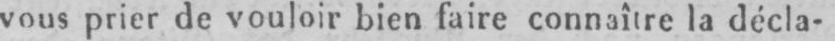
vous prier de vouloir bien faire connaître la décla-